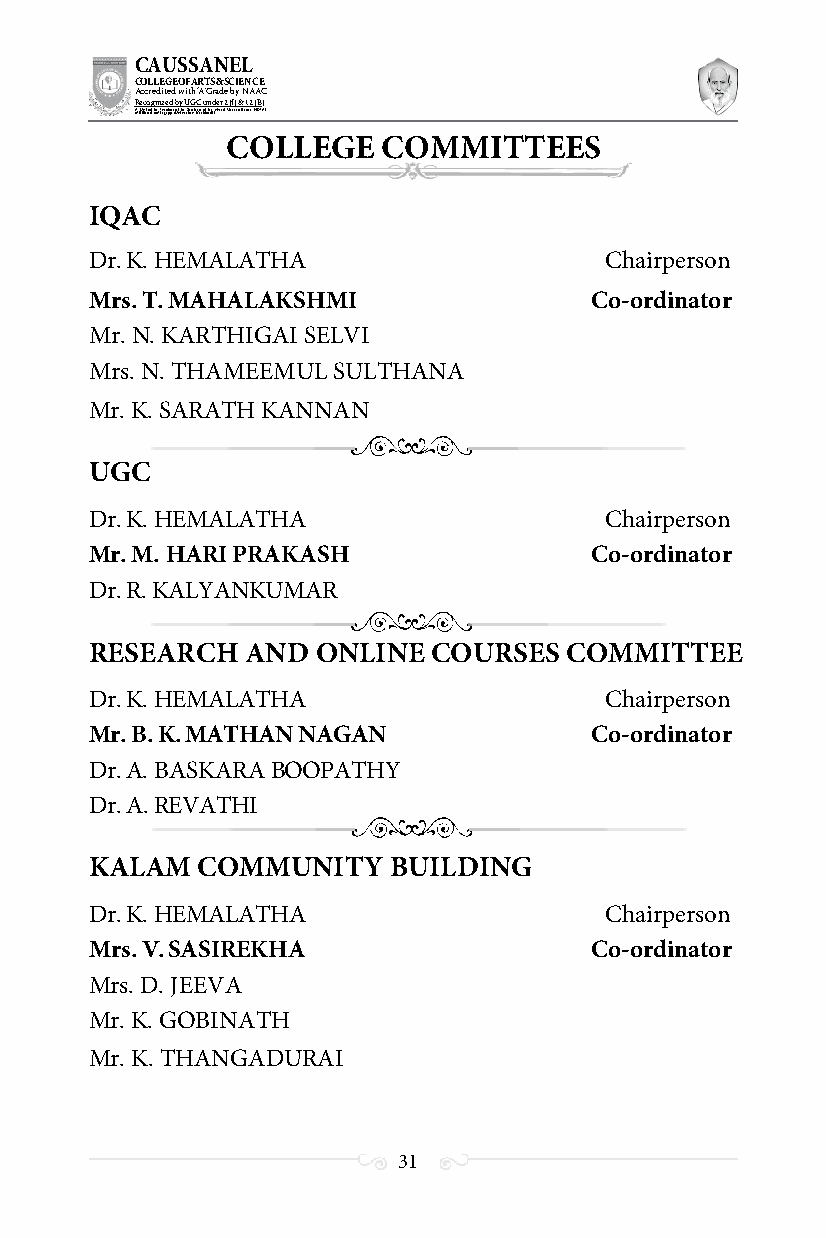
CAUSSANEL
 COLLEGE OF ARTS & SCIENCE
 Accredited with ‘A’ Grade by NAAC
 Recognized by UGC under 2 (f) & 12 (B)
 ((AA fUfilniaitt eodf ttoh eA Ilnasgtaitpuptae oUfn tihvee rBsirtoy,t hKerasr aoifk uthdei )S acred Heart of Jesus, INDIA)
 COLLEGE   COMMITTEES
 IQAC
 Dr. K. HEMALATHA                  Chairperson
 Mrs. T. MAHALAKSHMI              Co-ordinator
 Mr. N. KARTHIGAI SELVI
 Mrs. N. THAMEEMUL SULTHANA
 Mr. K. SARATH KANNAN
 UGC
 Dr. K. HEMALATHA                  Chairperson
 Mr. M. HARI PRAKASH              Co-ordinator
 Dr. R. KALYANKUMAR
 RESEARCH  AND  ONLINE  COURSES COMMITTEE
 Dr. K. HEMALATHA                  Chairperson
 Mr. B. K. MATHAN NAGAN           Co-ordinator
 Dr. A. BASKARA BOOPATHY
 Dr. A. REVATHI
 KALAM  COMMUNITY    BUILDING
 Dr. K. HEMALATHA                  Chairperson
 Mrs. V. SASIREKHA                Co-ordinator
 Mrs. D. JEEVA
 Mr. K. GOBINATH
 Mr. K. THANGADURAI
 31